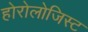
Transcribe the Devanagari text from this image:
होरोलोजिस्ट